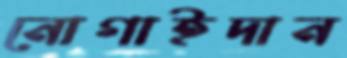
নোগাইদান